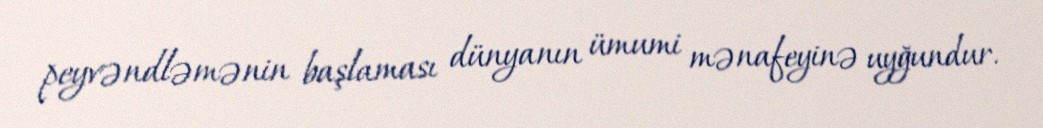
peyvəndləmənin başlaması dünyanın ümumi mənafeyinə uyğundur.